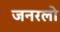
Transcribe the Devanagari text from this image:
जनरलो